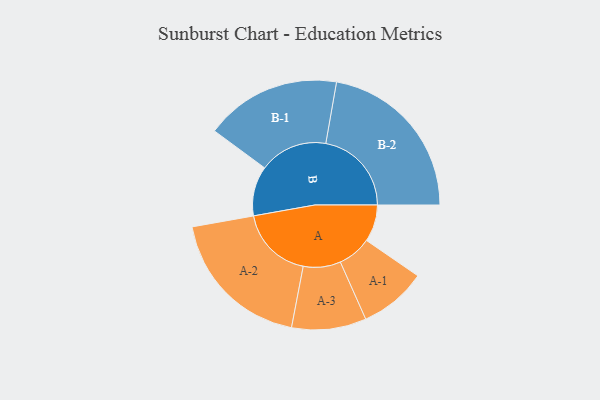
{"axis": {"x": "Segment", "y": "Value"}, "legend": ["", "A", "B"], "data": [{"x": "A", "y": 113, "type": ""}, {"x": "B", "y": 152, "type": ""}, {"x": "A-1", "y": 103, "type": "A"}, {"x": "A-2", "y": 226, "type": "A"}, {"x": "A-3", "y": 114, "type": "A"}, {"x": "B-1", "y": 208, "type": "B"}, {"x": "B-2", "y": 262, "type": "B"}]}